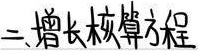
二、增长核算方程